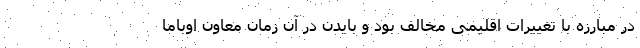
در مبارزه با تغییرات اقلیمی مخالف بود و بایدن در آن زمان معاون اوباما